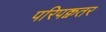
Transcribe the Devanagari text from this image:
परिपक्वतर